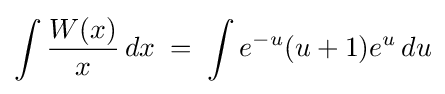
\int {\frac {W(x)}{x}}\,dx\;=\;\int e^{-u}(u+1)e^{u}\,du